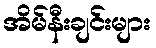
အိမ်နီးချင်းများ